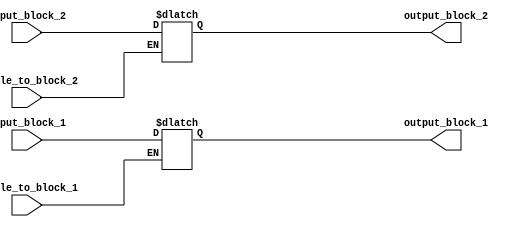
module bidirectional_buffer_gate (
    input wire input_block_1,
    output reg output_block_1,
    input wire input_block_2,
    output reg output_block_2,
    input wire enable_to_block_1,
    input wire enable_to_block_2
);

always @(input_block_1, enable_to_block_1) begin
    if (enable_to_block_1)
        output_block_1 <= input_block_1;
end

always @(input_block_2, enable_to_block_2) begin
    if (enable_to_block_2)
        output_block_2 <= input_block_2;
end

endmodule